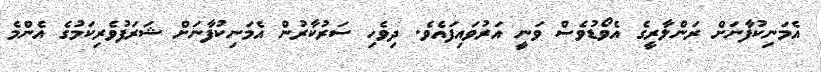
އެމަނިކުފާނަށް ރަންލާރީގެ އެވޯޑުވެސް ވަނީ އަރުވައިފައެވެ. ދިވެހި ސަރުކާރުން އެމަނިކުފާނަށް ޝަރަފުވެރިކަމުގެ އެންމެ